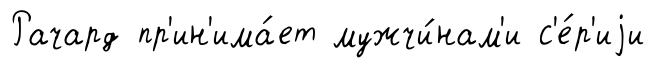
Рачард пр'ин'има́ет мужчи́нам'и с'е́р'иjи